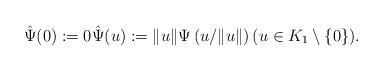
LaTeX: \begin{align*}\hat \Psi(0) :=0 \hat \Psi(u) := \|u\| \Psi\left(u/\|u\|\right) (u\in K_1\setminus \{0\}).\end{align*}